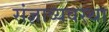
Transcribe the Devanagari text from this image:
संज्ञाव्यवस्था